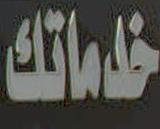
خدماتك